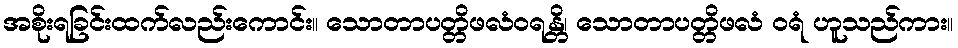
အစိုးရခြင်းထက်လည်းကောင်း။ သောတာပတ္တိဖလံဝရန္တိ၊ သောတာပတ္တိဖလံ ဝရံ ဟူသည်ကား။